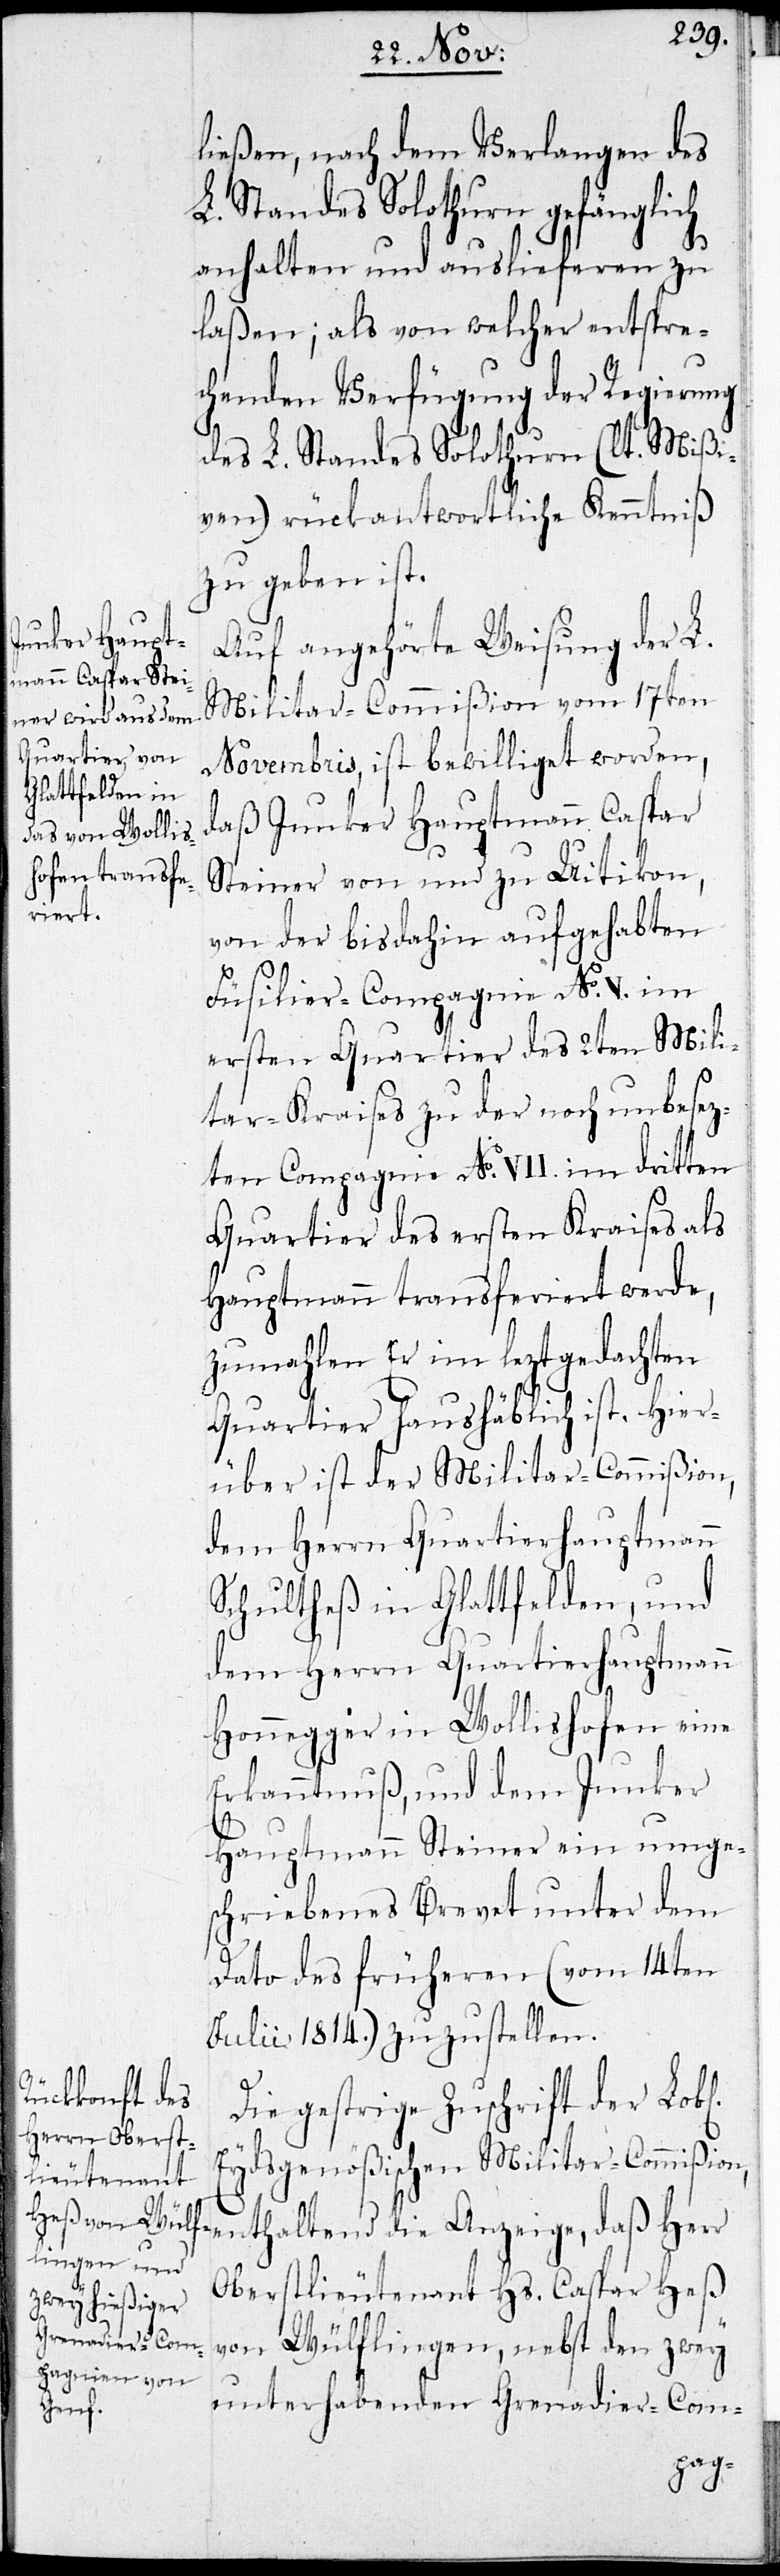
ließen, nach dem Verlangen des
L. Standes Solothurn gefänglich
anhalten und auslieferen zu
laßen; als von welcher entsprec¬
henden Verfügung der Regierung
des L. Standes Solothurn (lt. Mißi¬
ven) rückantwortlich Kenntniß
zu geben ist.
Auf angehörte Weisung der L.
Militar-Commißion vom 17ten
Novembris, ist bewilliget worden,
daß Junker Hauptmann Caspar
Steiner von und zu Uitikon,
von der bis dahin aufgehabten
Füsilier-Compagnie No V. im
ersten Quartier des 2ten Mili¬
tar-Kraises zu der noch unbesez¬
ten Compagnie No VII. im dritten
Quartier des ersten Kraises als
Hauptmann transferiert werde,
zumahlen Er im leztgedachten
Quartier haushäblich ist. Hier¬
über ist der Militar-Commißion,
dem Herrn Quartierhauptmann
Schultheß in Glattfelden, und
dem Herrn Quartierhauptmann
Honegger in Wollishofen eine
Erkanntnuß, und dem Junker
Hauptmann Steiner ein umges¬
chriebenes Brevet unter dem
Dato des früheren (vom 14ten
Julii 1814.) zuzustellen.
Die gestrige Zuschrift der Lobl.
Eydsgenößischen Militar-Commißion,
enthaltend die Anzeige, daß Herr
Oberstlieutenant Hs. Caspar Heß
von Wülflingen, nebst den zwey
unterhabenden Grenadier-Com-